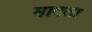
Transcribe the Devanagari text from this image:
मावता